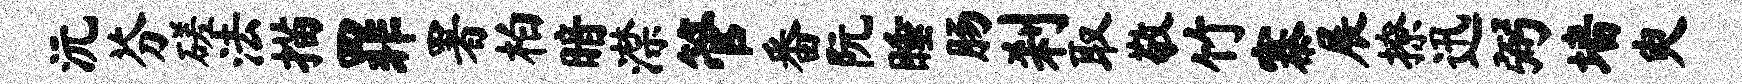
沅芬磋法描罪署柏暗潸管番阮睡肠刹取敬竹寨展撩迅弼墙臾